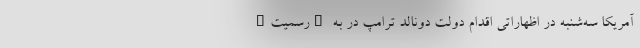
آمریکا سه‌شنبه در اظهاراتی اقدام دولت دونالد ترامپ در به "رسمیت"